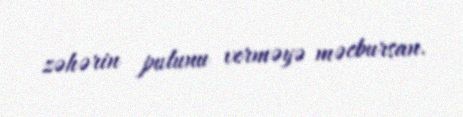
zəhərin pulunu verməyə məcbursan.